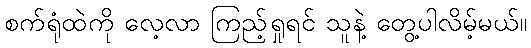
စက်ရုံထဲကို လေ့လာ ကြည့်ရှုရင် သူနဲ့ တွေ့ပါလိမ့်မယ်။